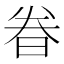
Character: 𬀴